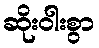
ဆိုးဝါးစွာ